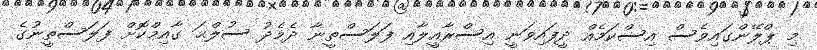
މި ޕްލޭންގައިވެސް އިސްކަމެއް ދީފައިވަނީ އިސްރާއީލާއި ފަލަސްތީނާ ދެމެދު ސުލްޙަ ގާއިމްކޮށް ފަލަސްތީނުގެ